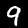
Label: 9